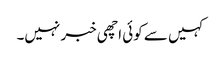
کہیں سے کوئی اچھی خبر نہیں۔